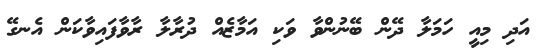
އަދި މިއީ ހަމަލާ ދޭން ބޭނުންވާ ވަކި އަމާޒެއް ދުރާލާ ރާވާފައިވާކަން އެނގޭ